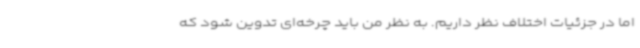
اما در جزئیات اختلاف نظر داریم. به نظر من باید چرخه‌ای تدوین شود که